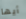
أيها